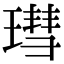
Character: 㻰